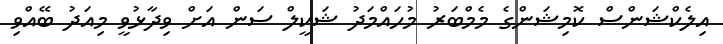
އިލެކްޝަންސް ކޮމިޝަންގެ މެމްބަރު މުހައްމަދު ޝަކީލް ސަން އަށް ވިދާޅުވީ މިއަދު ބޭއްވި